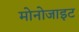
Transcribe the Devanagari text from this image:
मोनोजाइट